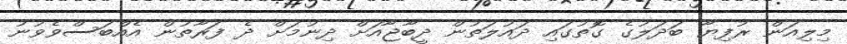
މިލިއަން ރުފިޔާ ބަދަލުގެ ގޮތުގައި ދައުލަތުން ދީބާޖާއަށް ދިނުމަށް ދެ ފަރާތުން އެއްބަސްވެވުނު